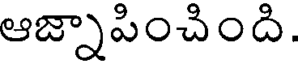
ఆజ్నాపించింది.